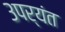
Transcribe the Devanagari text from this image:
३पर्यंत